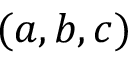
( a , b , c )